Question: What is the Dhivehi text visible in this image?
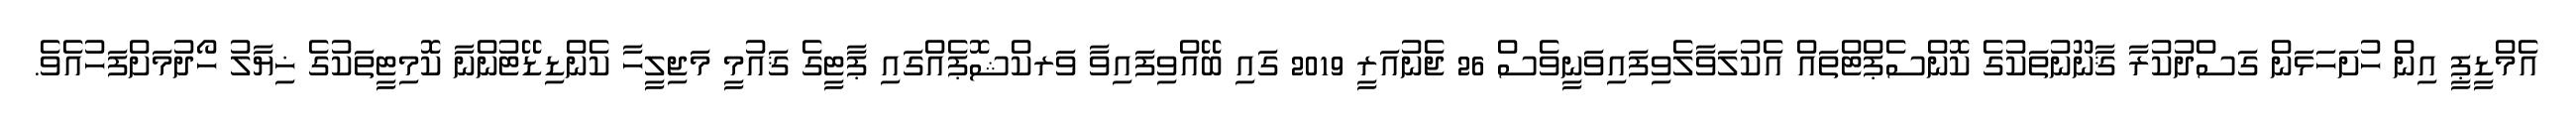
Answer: އެމްޑީޕީ އިން ހުށަހަޅަން ގަސްދުކުރާ ޤާނޫނުތަކުގެ ކޮންސެޕްޓްތައް އެކުލަވާލެވިފައިވަނީވެސް 26 ޖެނުއަރީ 2019 ގައި ބޭއްވިފައިވާ ވަރކްޝޮޕެއްގައި ޕާޓީގެ ޤައުމީ މަޖިލީހާ ކެންޑިޑޭޓުންނާ ކޮމިޓީތަކުގެ ޚިޔާލު ހޯދުމަށްފަހުއެވެ.